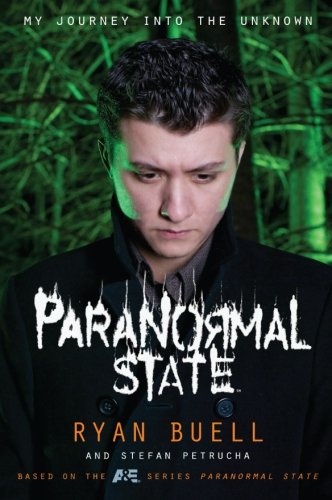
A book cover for Paranormal State: My Journey into the Unknown; Ryan Buell; Humor & Entertainment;